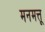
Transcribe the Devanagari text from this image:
मनमत्तू